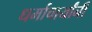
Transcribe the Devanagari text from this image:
धर्माचार्यांनी